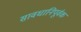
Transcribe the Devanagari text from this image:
सावधानिपूर्वक